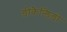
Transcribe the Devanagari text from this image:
डीकैन्डिडो